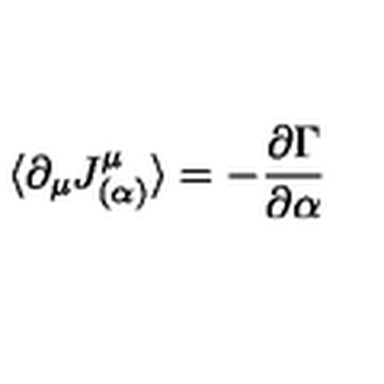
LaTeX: \langle \partial _ { \mu } J _ { ( \alpha ) } ^ { \mu } \rangle = - \frac { \partial \Gamma } { \partial \alpha }